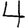
Digit: 4